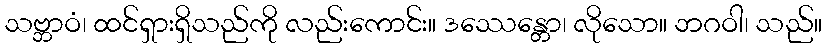
သဗ္ဘာဝံ၊ ထင်ရှားရှိသည်ကို လည်းကောင်း။ ဒဿေန္တော၊ လိုသော။ ဘဂဝါ၊ သည်။